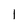
Character: 1